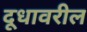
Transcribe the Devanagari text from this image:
दूधावरील